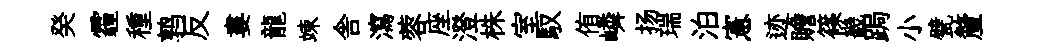
癸霾種鹑反婁龍竦舎瀉蓉座澄株室馭侑嶙扬瑞泊憲迹贍篠畿跼小甓釐